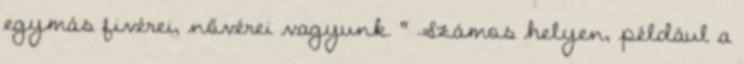
egymás fivérei, nővérei vagyunk. " Számos helyen, például a